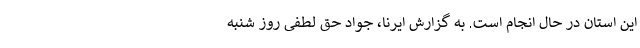
این استان در حال انجام است. به گزارش ایرنا، جواد حق لطفی روز شنبه